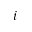
i